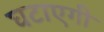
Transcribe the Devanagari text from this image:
घटाएगी